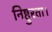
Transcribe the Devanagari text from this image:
निष्ठुरता।